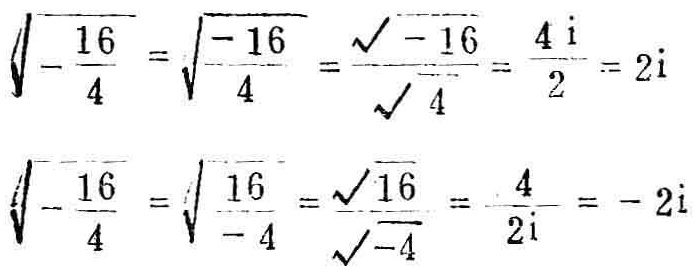
\[\begin{align*}
\sqrt{-\frac{16}{4}}&=\sqrt{\frac{- 16}{4}}=\frac{\sqrt{-16}}{\sqrt{4}}=\frac{4\mathrm{i}}{2}=2\mathrm{i}\\
\sqrt{-\frac{16}{4}}&=\sqrt{\frac{16}{-4}}=\frac{\sqrt{16}}{\sqrt{-4}}=\frac{4}{2\mathrm{i}}=- 2\mathrm{i}
\end{align*}\]